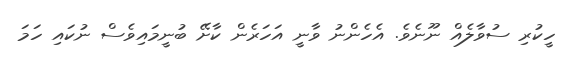
ހީކުރި ސުވާލެއް ނޫނެވެ. އެހެންނު ވާނީ އަހަރެން ކާށޭ ބުނީމައިވެސް ނުކައި ހަމަ